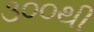
૩૦૦થી